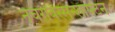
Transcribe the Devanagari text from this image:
नेचरविस्सेन्शाफ्टन